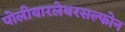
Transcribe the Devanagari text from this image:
पोलीयारलेथरसल्फोन